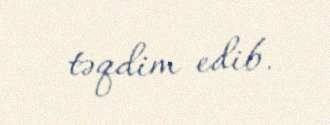
təqdim edib.